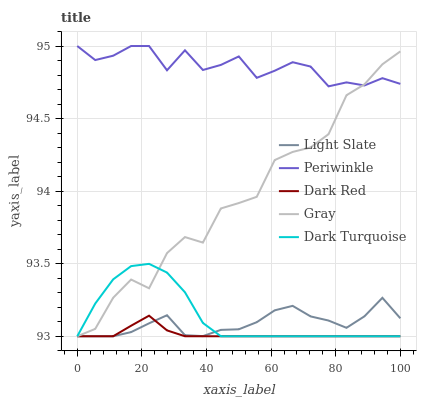
| xaxis_label | Light Slate | Periwinkle | Dark Red | Gray | Dark Turquoise |
 | --- | --- | --- | --- | --- | --- |
 | 0 | 93 | 95 | 93 | 93 | 93 |
 | 5.56 | 93 | 94.9 | 93 | 93.1 | 93.2 |
 | 11.1 | 93 | 94.9 | 93 | 93.3 | 93.4 |
 | 16.7 | 93 | 95 | 93.1 | 93.4 | 93.5 |
 | 22.2 | 93.1 | 95 | 93.1 | 93.3 | 93.5 |
 | 27.8 | 93.1 | 94.8 | 93 | 93.6 | 93.4 |
 | 33.3 | 93 | 95 | 93 | 93.7 | 93.3 |
 | 38.9 | 93 | 94.8 | 93 | 93.6 | 93.1 |
 | 44.4 | 93 | 94.9 | 93 | 93.9 | 93 |
 | 50 | 93 | 94.9 | 93 | 93.9 | 93 |
 | 55.6 | 93.1 | 94.8 | 93 | 94 | 93 |
 | 61.1 | 93.2 | 94.8 | 93 | 94.2 | 93 |
 | 66.7 | 93.2 | 94.9 | 93 | 94.3 | 93 |
 | 72.2 | 93.1 | 94.9 | 93 | 94.3 | 93 |
 | 77.8 | 93.1 | 94.7 | 93 | 94.4 | 93 |
 | 83.3 | 93.1 | 94.7 | 93 | 94.7 | 93 |
 | 88.9 | 93.1 | 94.7 | 93 | 94.7 | 93 |
 | 94.4 | 93.3 | 94.8 | 93 | 94.9 | 93 |
 | 100 | 93.1 | 94.7 | 93 | 95 | 93 |